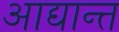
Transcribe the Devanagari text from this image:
आद्यान्त